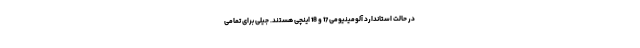
در حالت استاندارد آلومینیومی 17 و 18 اینچی هستند. جیلی برای تمامی